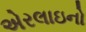
એરલાઇનો